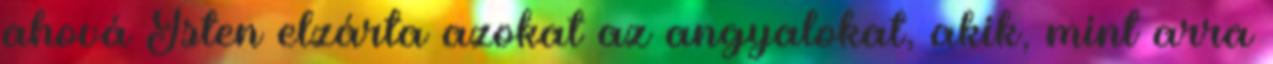
ahová Isten elzárta azokat az angyalokat, akik, mint arra